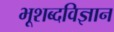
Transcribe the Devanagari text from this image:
भूशब्दविज्ञान